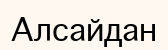
Алсайдан